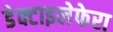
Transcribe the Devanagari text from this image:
डेक्टाइलेफेरा